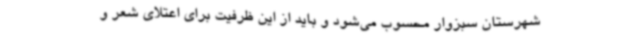
شهرستان سبزوار محسوب می‌شود و باید از این ظرفیت برای اعتلای شعر و